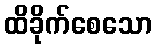
ထိခိုက်စေသော